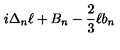
i \Delta _ { n } \ell + B _ { n } - { \frac { 2 } { 3 } } \ell b _ { n }